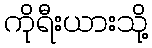
ကိုရီးယားသို့